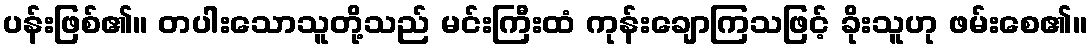
ပန်းဖြစ်၏။ တပါးသောသူတို့သည် မင်းကြီးထံ ကုန်းချောကြသဖြင့် ခိုးသူဟု ဖမ်းစေ၏။